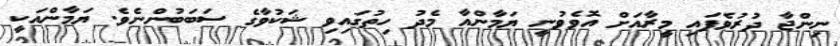
ނިންޖާ ދުރުވެފައި މީރާއަށް އޮވެވުނީ ޔަމާންއާ މެދު ހިތުގައިވި ޝަކުވާގެ ސަބަބުންނެވެ. ޔަމާންއަކީ